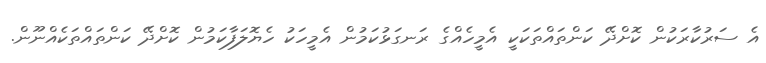
އެ ސަރުކާރަކުން ކޮށްދޭ ކަންތައްތަކަކީ އެމީހެއްގެ ރަނގަޅުކަމުން އެމީހަކު ހެޔޮލަފާކަމުން ކޮށްދޭ ކަންތައްތަކެއްނޫން.